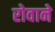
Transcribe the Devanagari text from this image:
रोवाने